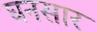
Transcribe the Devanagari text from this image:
घनसार